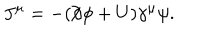
J ^ { \mu } = - ( / \hspace { - 0 . 5 e m } \partial \phi + U ) \gamma ^ { \mu } \psi .